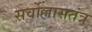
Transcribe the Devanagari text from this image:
सर्वोल्लासतंत्र